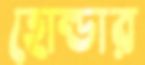
হোল্ডার